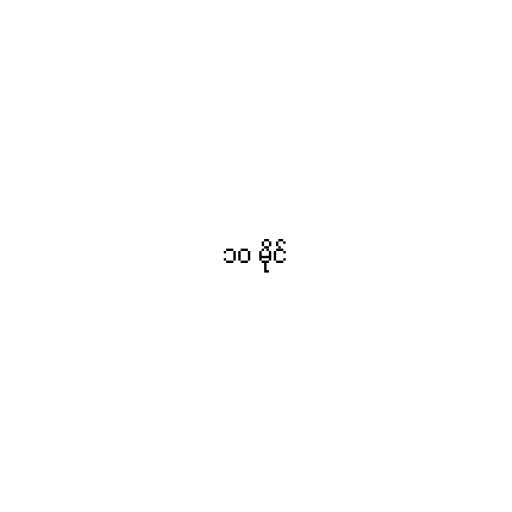
၁၀ မိုင်